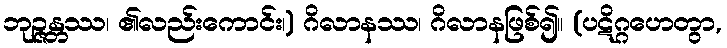
ဘုဉ္ဇန္တဿ၊ ၏လည်းကောင်း၊) ဂိလာနဿ၊ ဂိလာနဖြစ်၍။ (ပဋိဂ္ဂဟေတွာ,